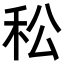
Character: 𥝶